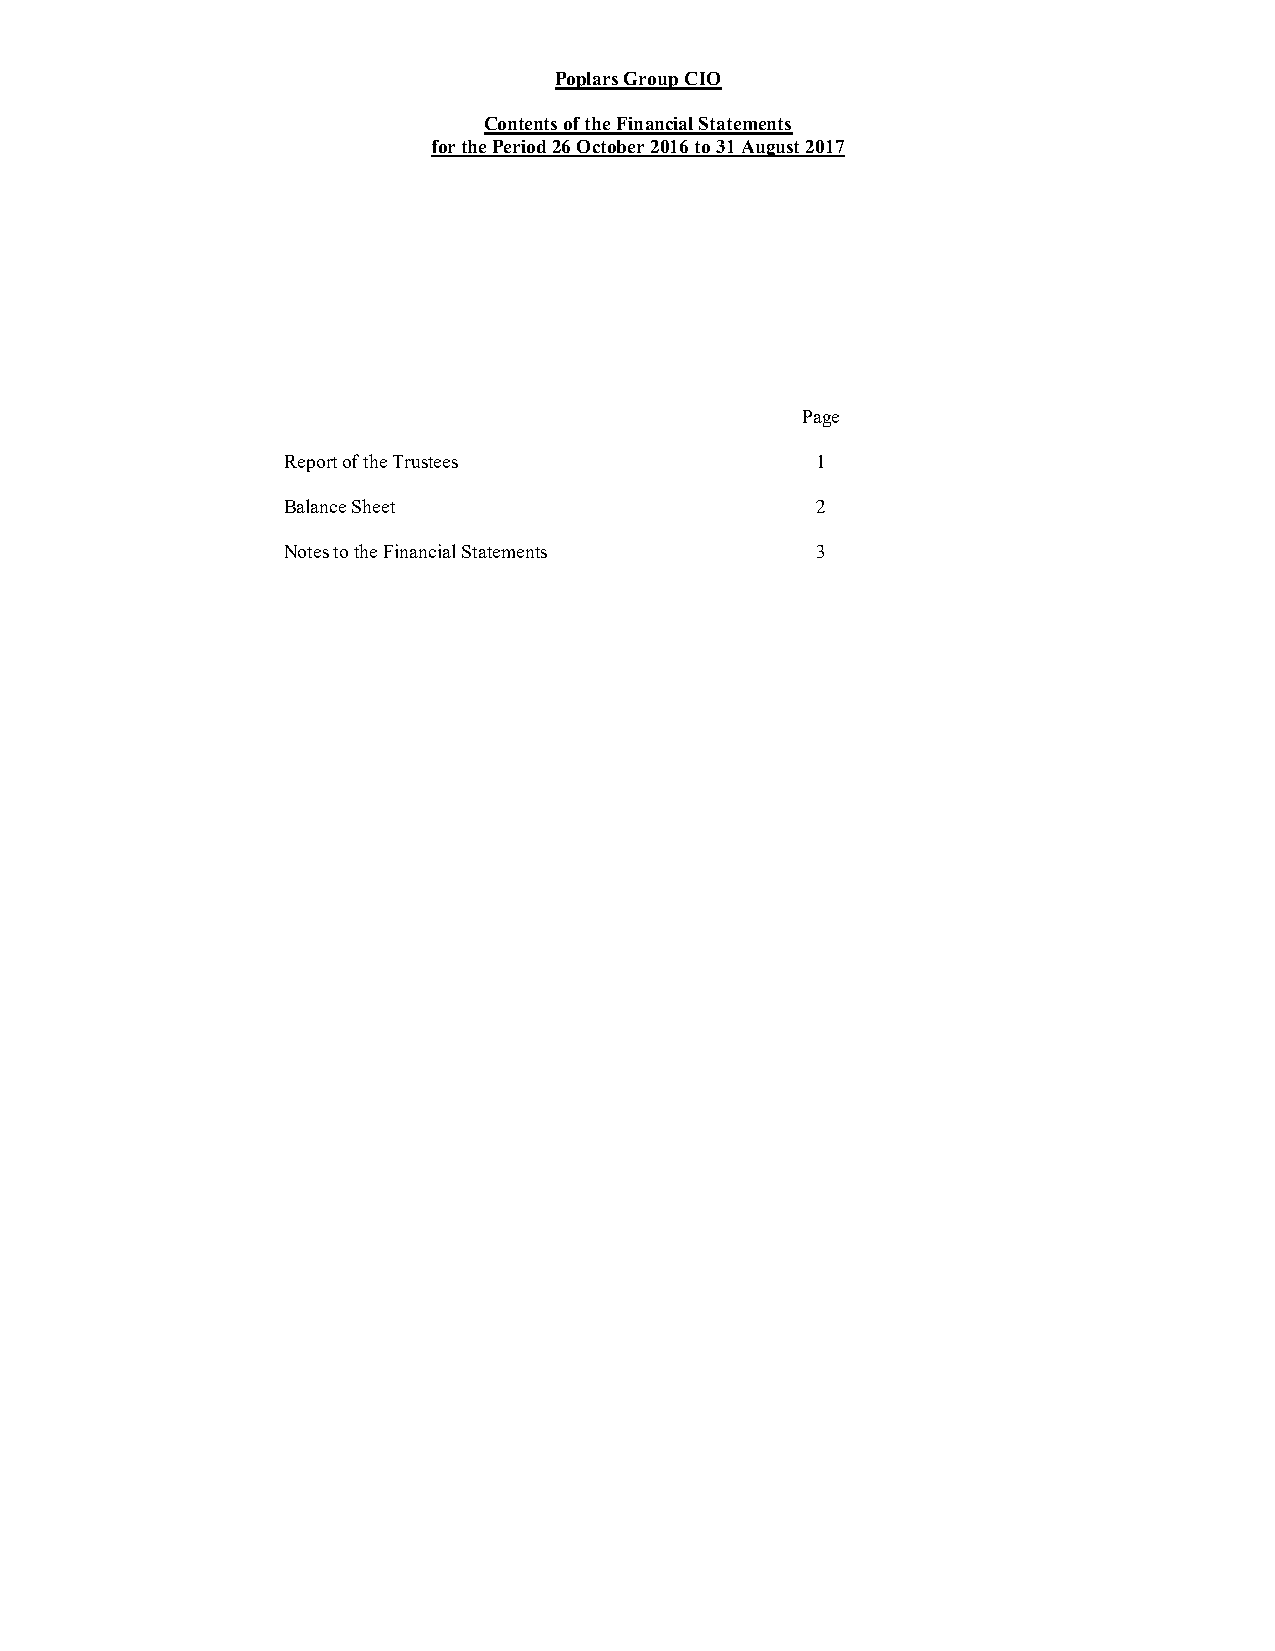
Poplars Group CIO
 Contents of the Financial Statements
 for the Period 26 October 2016 to 31 August 2017
 Page
 Report of the Trustees             1
 Balance Sheet                      2
 Notes to the Financial Statements  3